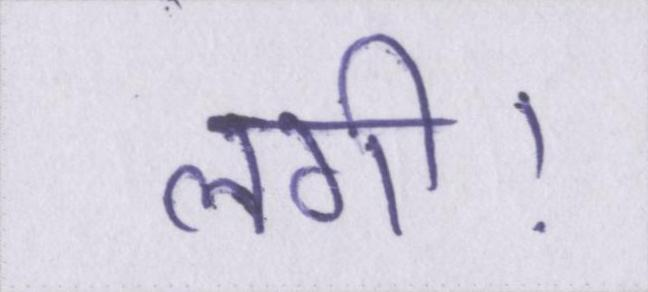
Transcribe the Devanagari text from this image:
लगी।